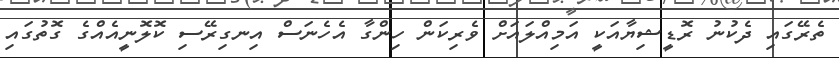
ތެރޭގައި ދެކުނު ރޮޑީޝިޔާއަކީ އަމިއްލައަށް ވެރިކަން ހިންގާ އެހެނަސް އިނގިރޭސި ކޮލޮނީއެއްގެ ގޮތުގައި